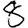
Digit: 8